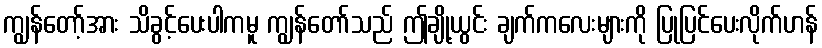
ကျွန်တော့်အား သိခွင့်ပေးပါကမူ ကျွန်တော်သည် ဤချို့ယွင်း ချက်ကလေးများကို ပြုပြင်ပေးလိုက်ဟန်